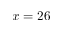
x = 2 6